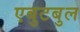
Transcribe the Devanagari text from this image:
एबुटबुल